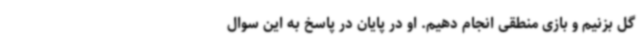
گل بزنیم و بازی منطقی انجام دهیم. او در پایان در پاسخ به این سوال